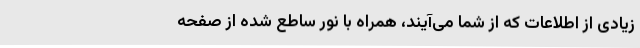
زیادی از اطلاعات که از شما می‌آیند، همراه با نور ساطع شده از صفحه